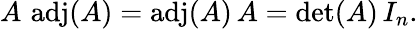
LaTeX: A\, \operatorname{adj}(A)=\operatorname{adj}(A)\, A=\operatorname*{det}(A)\, I_{n}.